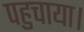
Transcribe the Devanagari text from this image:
पहुचाया।